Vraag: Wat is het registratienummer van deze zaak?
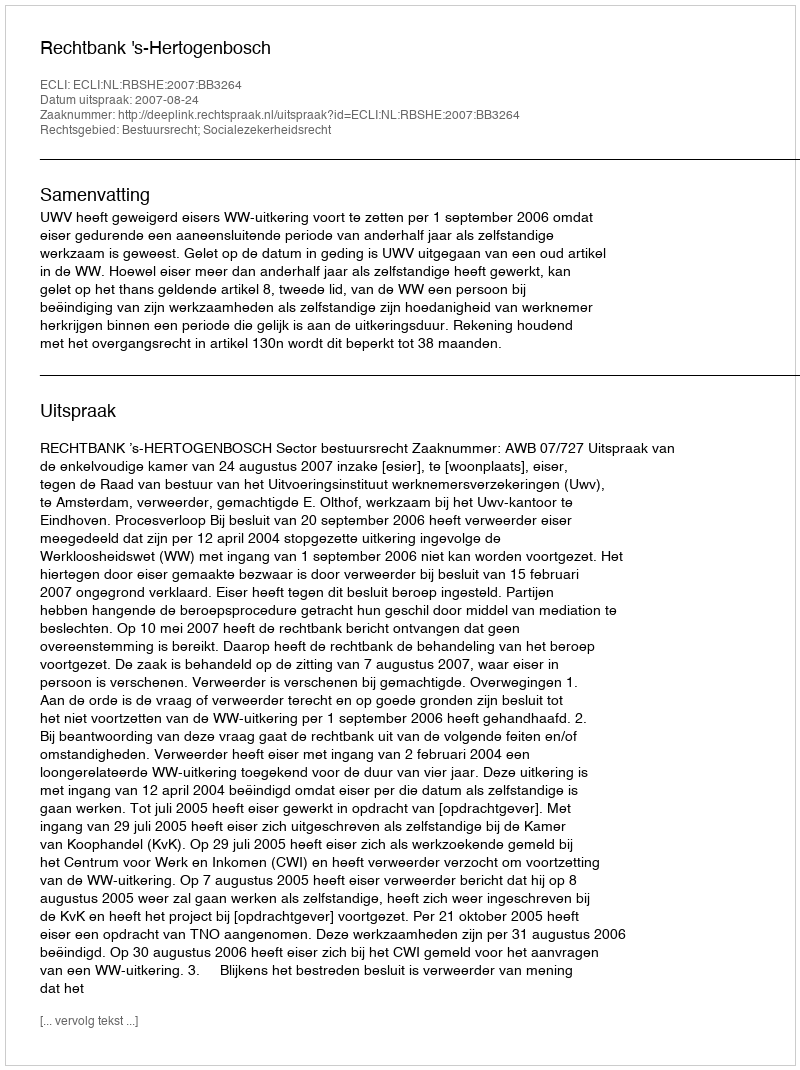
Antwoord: http://deeplink.rechtspraak.nl/uitspraak?id=ECLI:NL:RBSHE:2007:BB3264